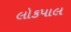
લોકપાલ